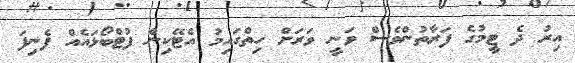
އިރު ދެ ޓީމުގެ ފަރާތުންވެސް ވަނީ ވަރަށް ހިތްގައިމު އެޓޭކިން ފުޓްބޯޅައެއް ފެނިފަ